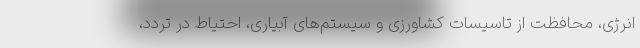
انرژی، محافظت از تاسیسات کشاورزی و سیستم‌های آبیاری، احتیاط در تردد،